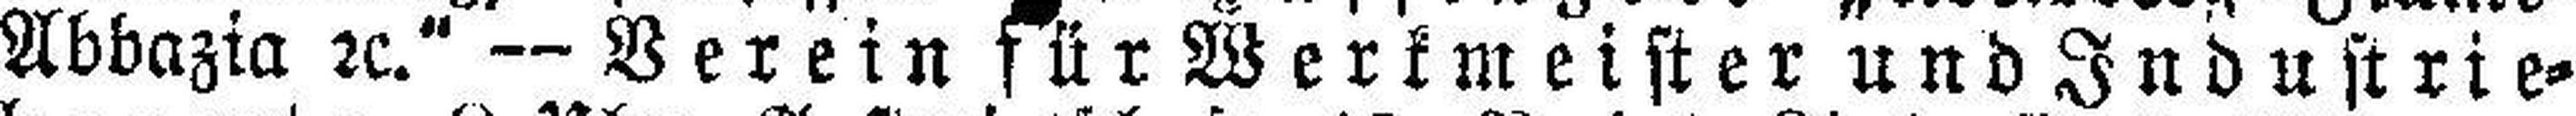
Abbazia rc." — Verein für Werimeister und Industrie¬